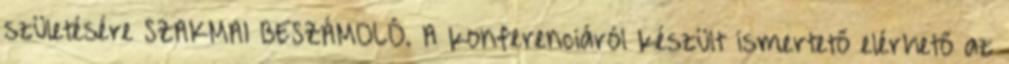
születésére SZAKMAI BESZÁMOLÓ. A konferenciáról készült ismertető elérhető az